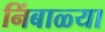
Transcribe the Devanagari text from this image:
निंबाळ्या